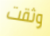
وثقت